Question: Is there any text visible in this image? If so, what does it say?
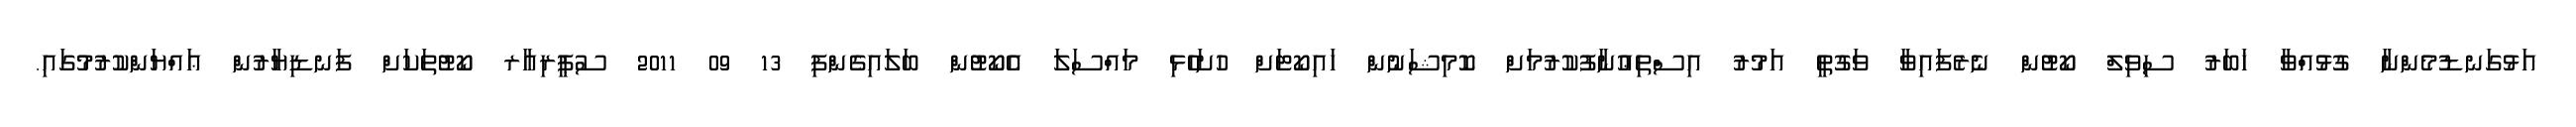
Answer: އަޅުގަނޑުމެންނާ ގުޅުއްވާ ޚަބަރު ސިވިލް ކޯޓުން ނެރެފައިވާ ވަގުތީ އަމުރު އިސްތިޢުނާފުކުރުމަށް ކޮމިޝަނުން ހައިކޯޓަށް ހުށަހެޅި މައްސަލަ އެކޯޓުން ބަލައިގެންފި 13 09 2011 ސުޕީރިއާރ ކޯޓުތަކަށް ފަނޑިޔާރުން ޢައްޔަންކުރުމުގައި.